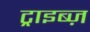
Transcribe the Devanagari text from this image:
ट्राइब्ज़